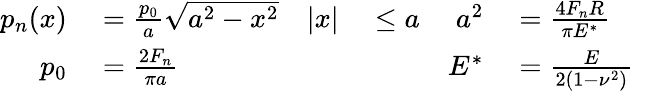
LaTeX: \begin{array}{rlrlrlr}{p_{n}(x)}&{{}={\frac{p_{0}}{a}}{\sqrt{a^{2}-x^{2}}}}&{|x|}&{{}\leq a}&{a^{2}}&{{}={\frac{4F_{n}R}{\pi E^{*}}}}\\ {p_{0}}&{{}={\frac{2F_{n}}{\pi a}}}&{}&{{}}&{E^{*}}&{{}={\frac{E}{2\left(1-\nu^{2}\right)}}}&{}\end{array}